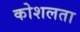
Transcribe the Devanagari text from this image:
कोशलता